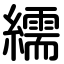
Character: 繻